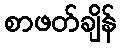
စာဖတ်ချိန်